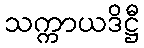
သက္ကာယဒိဋ္ဌီ